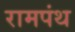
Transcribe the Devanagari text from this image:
रामपंथ